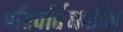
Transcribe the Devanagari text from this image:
परिवर्तिनशील